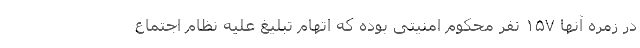
در زمره آنها ۱۵۷ نفر محکوم امنیتی بوده که اتهام تبلیغ علیه نظام اجتماع